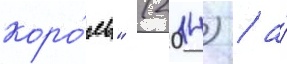
коро́ль" (2014) / а́